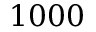
1 0 0 0